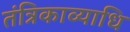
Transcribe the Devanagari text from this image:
तंत्रिकाव्याधि